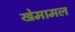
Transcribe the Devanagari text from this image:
खेमामल